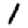
Digit: 1